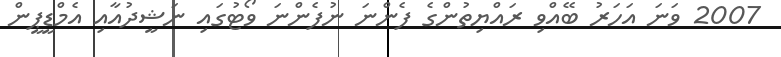
2007 ވަނަ އަހަރު ބޭއްވި ރައްޔިތުންގެ ފެންނަ ނުފެންނަ ވޯޓުގައި ނަޝީދުއާއި އެމްޑީޕީން